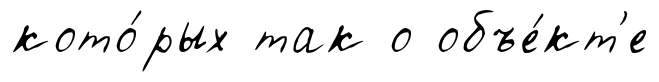
кото́рых так о объе́кт'е